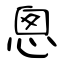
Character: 悤